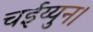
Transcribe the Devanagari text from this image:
चईय्युन।